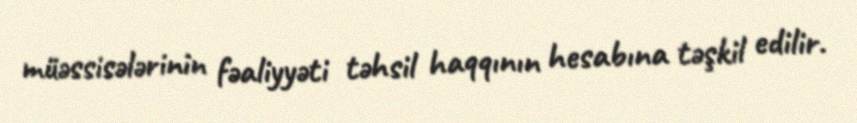
müəssisələrinin fəaliyyəti təhsil haqqının hesabına təşkil edilir.